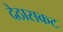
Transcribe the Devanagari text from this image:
देठासकट